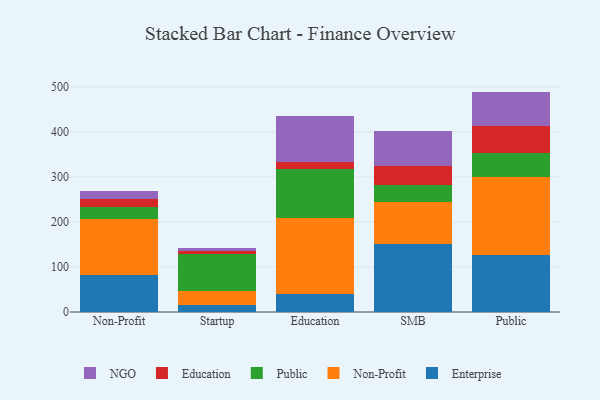
{"axis": {"x": "Segment", "y": "Waste Production (Tons)"}, "legend": ["Education", "Enterprise", "NGO", "Non-Profit", "Public"], "data": [{"x": "Non-Profit", "y": 82.5, "type": "Enterprise"}, {"x": "Non-Profit", "y": 124.3, "type": "Non-Profit"}, {"x": "Non-Profit", "y": 27.5, "type": "Public"}, {"x": "Non-Profit", "y": 17.1, "type": "Education"}, {"x": "Non-Profit", "y": 17.3, "type": "NGO"}, {"x": "Startup", "y": 14.6, "type": "Enterprise"}, {"x": "Startup", "y": 32.0, "type": "Non-Profit"}, {"x": "Startup", "y": 82.9, "type": "Public"}, {"x": "Startup", "y": 6.7, "type": "Education"}, {"x": "Startup", "y": 5.3, "type": "NGO"}, {"x": "Education", "y": 40.5, "type": "Enterprise"}, {"x": "Education", "y": 167.4, "type": "Non-Profit"}, {"x": "Education", "y": 108.7, "type": "Public"}, {"x": "Education", "y": 17.5, "type": "Education"}, {"x": "Education", "y": 100.5, "type": "NGO"}, {"x": "SMB", "y": 150.5, "type": "Enterprise"}, {"x": "SMB", "y": 94.3, "type": "Non-Profit"}, {"x": "SMB", "y": 36.7, "type": "Public"}, {"x": "SMB", "y": 42.8, "type": "Education"}, {"x": "SMB", "y": 77.8, "type": "NGO"}, {"x": "Public", "y": 125.9, "type": "Enterprise"}, {"x": "Public", "y": 174.5, "type": "Non-Profit"}, {"x": "Public", "y": 53.9, "type": "Public"}, {"x": "Public", "y": 59.9, "type": "Education"}, {"x": "Public", "y": 75.4, "type": "NGO"}]}